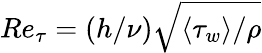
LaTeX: Re_{\tau}=(h/\nu)\sqrt{\langle\tau_{w}\rangle/\rho}